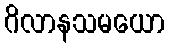
ဂိလာနသမယော